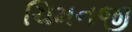
ચિમનજી